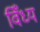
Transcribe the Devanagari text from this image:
विँध्य